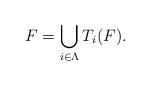
LaTeX: \begin{align*}F = \bigcup_{i\in \Lambda} T_i(F).\end{align*}